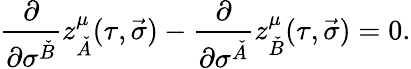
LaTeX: \frac{\partial}{\partial\sigma^{\check{B}}}z_{\check{A}}^{\mu}(\tau,\vec{\sigma})-\frac{\partial}{\partial\sigma^{\check{A}}}z_{\check{B}}^{\mu}(\tau,\vec{\sigma})=0.